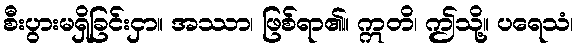
စီးပွားမရှိခြင်းငှာ။ အဿာ၊ ဖြစ်ရာ၏။ ဣတိ၊ ဤသို့။ ပရေသံ၊